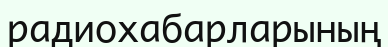
радиохабарларының